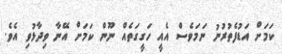
ކަމަށް އަޑުފެތުރުނު ނަމަވެސް އެއީ ހަގީގަތެއް ނޫން ކަމަށް އޭނާ ވިދާޅުވި އެވެ.